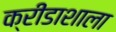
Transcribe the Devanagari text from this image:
क्रीडाशाला